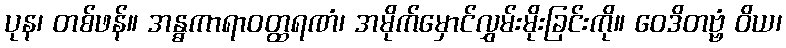
ပုန၊ တစ်ဖန်။ အန္ဓကာရာဝတ္ထရဏံ၊ အမိုက်မှောင်လွှမ်းမိုးခြင်းကို။ ဝေဒိတဗ္ဗံ ဝိယ၊